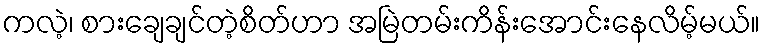
ကလဲ့၊ စားချေချင်တဲ့စိတ်ဟာ အမြဲတမ်းကိန်းအောင်းနေလိမ့်မယ်။